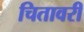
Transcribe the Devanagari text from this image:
चितावरी